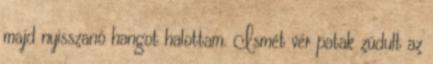
majd nyisszanó hangot halottam. Ismét vér patak zúdult az